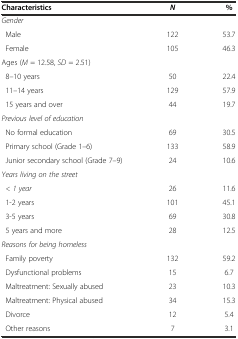
<table><thead><tr><td><b>Characteristics</b></td><td><b><i>N</i></b></td><td><b>%</b></td></tr></thead><tbody><tr><td><i>Gender</i></td><td></td><td></td></tr><tr><td> Male</td><td>122</td><td>53.7</td></tr><tr><td> Female</td><td>105</td><td>46.3</td></tr><tr><td>Ages (<i>M</i> = 12.58, <i>SD</i> = 2.51)</td><td></td><td></td></tr><tr><td> 8–10 years</td><td>50</td><td>22.4</td></tr><tr><td> 11–14 years</td><td>129</td><td>57.9</td></tr><tr><td> 15 years and over</td><td>44</td><td>19.7</td></tr><tr><td><i>Previous level of education</i></td><td></td><td></td></tr><tr><td> No formal education</td><td>69</td><td>30.5</td></tr><tr><td> Primary school (Grade 1–6)</td><td>133</td><td>58.9</td></tr><tr><td> Junior secondary school (Grade 7–9)</td><td>24</td><td>10.6</td></tr><tr><td><i>Years living on the street</i></td><td></td><td></td></tr><tr><td> <i>&lt; 1 year</i></td><td>26</td><td>11.6</td></tr><tr><td> 1-2 years</td><td>101</td><td>45.1</td></tr><tr><td> 3-5 years</td><td>69</td><td>30.8</td></tr><tr><td> 5 years and more</td><td>28</td><td>12.5</td></tr><tr><td><i>Reasons for being homeless</i></td><td></td><td></td></tr><tr><td> Family poverty</td><td>132</td><td>59.2</td></tr><tr><td> Dysfunctional problems</td><td>15</td><td>6.7</td></tr><tr><td> Maltreatment: Sexually abused</td><td>23</td><td>10.3</td></tr><tr><td> Maltreatment: Physical abused</td><td>34</td><td>15.3</td></tr><tr><td> Divorce</td><td>12</td><td>5.4</td></tr><tr><td> Other reasons</td><td>7</td><td>3.1</td></tr></tbody></table>